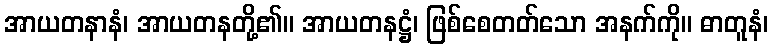
အာယတနာနံ၊ အာယတနတို့၏။ အာယတနဋ္ဌံ၊ ဖြစ်စေတတ်သော အနက်ကို။ ဓာတူနံ၊